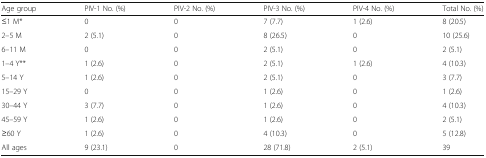
<table><thead><tr><td><b>Age group</b></td><td><b>PIV-1 No. (%)</b></td><td><b>PIV-2 No. (%)</b></td><td><b>PIV-3 No. (%)</b></td><td><b>PIV-4 No. (%)</b></td><td><b>Total No. (%)</b></td></tr></thead><tbody><tr><td>≤1 M*</td><td>0</td><td>0</td><td>7 (7.7)</td><td>1 (2.6)</td><td>8 (20.5)</td></tr><tr><td>2–5 M</td><td>2 (5.1)</td><td>0</td><td>8 (26.5)</td><td>0</td><td>10 (25.6)</td></tr><tr><td>6–11 M</td><td>0</td><td>0</td><td>2 (5.1)</td><td>0</td><td>2 (5.1)</td></tr><tr><td>1–4 Y**</td><td>1 (2.6)</td><td>0</td><td>2 (5.1)</td><td>1 (2.6)</td><td>4 (10.3)</td></tr><tr><td>5–14 Y</td><td>1 (2.6)</td><td>0</td><td>2 (5.1)</td><td>0</td><td>3 (7.7)</td></tr><tr><td>15–29 Y</td><td>0</td><td>0</td><td>1 (2.6)</td><td>0</td><td>1 (2.6)</td></tr><tr><td>30–44 Y</td><td>3 (7.7)</td><td>0</td><td>1 (2.6)</td><td>0</td><td>4 (10.3)</td></tr><tr><td>45–59 Y</td><td>1 (2.6)</td><td>0</td><td>1 (2.6)</td><td>0</td><td>2 (5.1)</td></tr><tr><td>≥60 Y</td><td>1 (2.6)</td><td>0</td><td>4 (10.3)</td><td>0</td><td>5 (12.8)</td></tr><tr><td>All ages</td><td>9 (23.1)</td><td>0</td><td>28 (71.8)</td><td>2 (5.1)</td><td>39</td></tr></tbody></table>